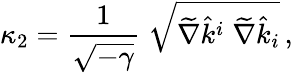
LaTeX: \kappa_{2}={\frac{1}{\sqrt{-\gamma}}}\; \sqrt{\widetilde\nabla\hat{k}^{i}\; \widetilde\nabla\hat{k}_{i}}\, ,